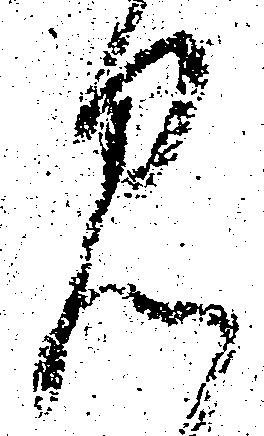
見